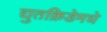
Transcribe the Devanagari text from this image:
द्युतक्रिडेमधे